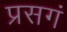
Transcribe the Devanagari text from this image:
प्रसगं